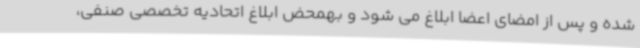
شده و پس از امضای اعضا ابلاغ می شود و بهمحض ابلاغ اتحادیه تخصصی صنفی،